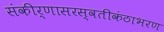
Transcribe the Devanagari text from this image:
संकीर्णासरस्वतीकंठाभरण